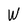
Character: W